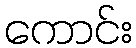
ကောင်း